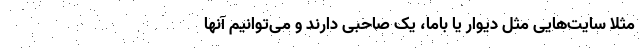
مثلا سایت‌هایی مثل دیوار یا باما، یک صاحبی دارند و می‌توانیم آنها